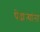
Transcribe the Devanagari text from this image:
पेंढाऱ्यांना